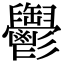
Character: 𩰪